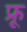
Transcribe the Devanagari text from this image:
फ्रू